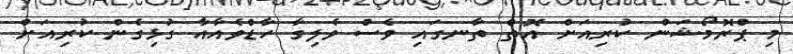
މި ޕްރޮމޯޝަން ކުރިއަށް އޮތް ތާނގައި ވެސް ވެލިގާ ހާޑްވެއާއާ ގުޅިގެން ކުރިއަށް